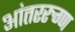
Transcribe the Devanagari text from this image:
आंतररुग्ण